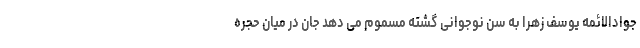
جوادالائمه یوسف زهرا به سن نوجوانى گشته مسموم مى دهد جان در میان حجره